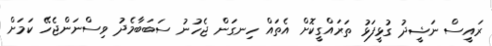
ރައީސް ނަޝީދު ގުޅީފަޅު ތަރައްގީކޮށް އެތައް ހިނގަން ޖެހުނު ސަބަބާމެދު ވިސްނަންޖެހޭ ކަމަށް